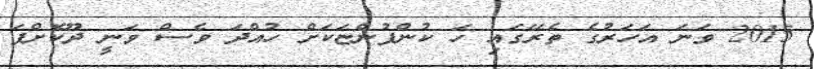
2015 ވަނަ އަހަރުގެ ތެރޭގައި ހަ ކުންފުންޏަކަށް ހުއްދަ ވެސް ވަނީ ދޫކޮށްފަ